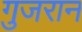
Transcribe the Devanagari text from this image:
गुजरान